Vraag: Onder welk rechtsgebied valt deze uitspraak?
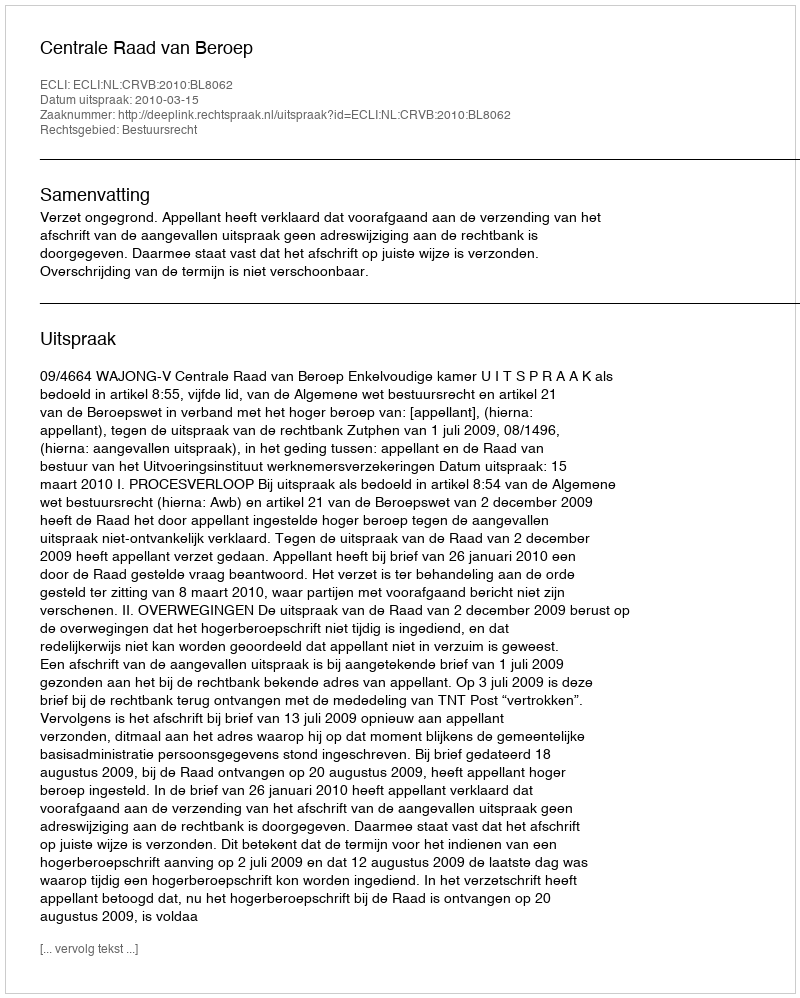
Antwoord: Bestuursrecht